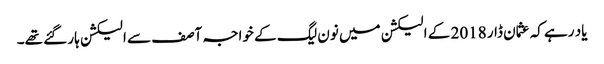
یاد رہے کہ عثمان ڈار 2018 کے الیکشن میں نون لیگ کے خواجہ آصف سے الیکشن ہار گئے تھے۔